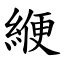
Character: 緶